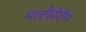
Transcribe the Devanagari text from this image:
मल्टीप्रोटीन